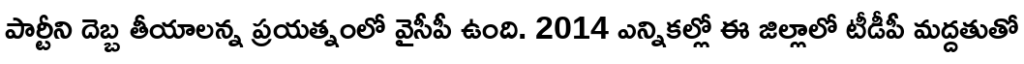
పార్టీని దెబ్బ తీయాలన్న ప్రయత్నంలో వైసీపీ ఉంది. 2014 ఎన్నికల్లో ఈ జిల్లాలో టీడీపీ మద్దతుతో